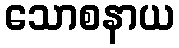
သောစနာယ